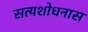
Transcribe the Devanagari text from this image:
सत्यशोधनास